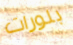
بلورات